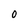
Character: 0